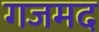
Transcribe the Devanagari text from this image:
गजमद